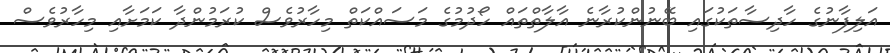
އަލިފާނުގެ ހާދިސާތަކުގައި ބޭނުންކުރާނެ އާލާތްތައް ހޯދުމުގެ މަސައްކަތް މިހާރުވެސް ކުރަމުންދާ ކަމަށާއި މިހާރުވެސް